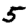
Digit: 5